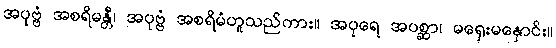
အပုဗ္ဗံ အစရိမန္တီ၊ အပုဗ္ဗံ အစရိမံဟူသည်ကား။ အပုရေ အပစ္ဆာ၊ မရှေးမနှောင်း။